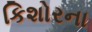
કિશોરના